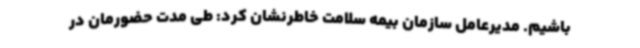
باشیم. مدیرعامل سازمان بیمه سلامت خاطرنشان کرد: طی مدت حضورمان در